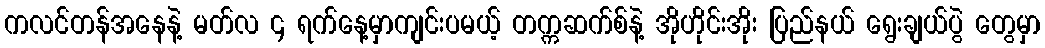
ကလင်တန်အနေနဲ့ မတ်လ ၄ ရက်နေ့မှာကျင်းပမယ့် တက္ကဆက်စ်နဲ့ အိုဟိုင်းအိုး ပြည်နယ် ရွေးချယ်ပွဲ တွေမှာ